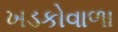
ખડકોવાળા